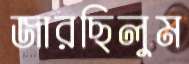
জারছিলুম